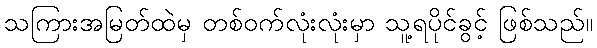
သကြားအမြတ်ထဲမှ တစ်ဝက်လုံးလုံးမှာ သူ့ရပိုင်ခွင့် ဖြစ်သည်။